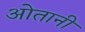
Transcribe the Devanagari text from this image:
ओतानी